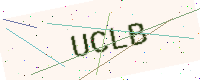
Text: UCLB